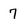
Character: 7